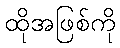
ထိုအဖြစ်ကို